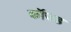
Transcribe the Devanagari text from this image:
कॉज्ड